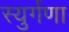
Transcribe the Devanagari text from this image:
स्युर्गणा